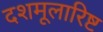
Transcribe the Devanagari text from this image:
दशमूलारिष्ट